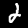
Digit: 2